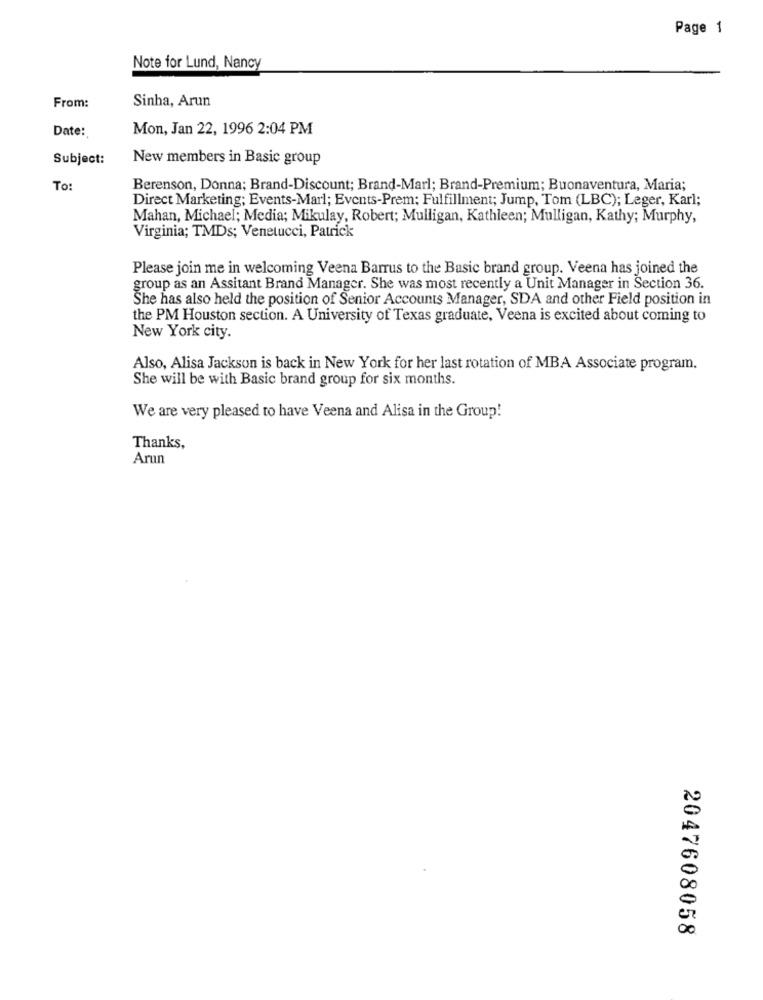
Page 1
Note for Lund, Nancy
Sinha, Arun
From:
Date:
Mon, Jan 22, 1996 2:04 PM
Subject:
New members in Basic group
To:
Berenson, Donna; Brand-Discount; Brand-Marl; Brand-Premium; Buonaventura, Maria;
Direct Marketing; Events-Marl; Events-Prem: Fulfillment; Jump, Tom (LBC); Leger, Karl;
Mahan, Michael; Media; Mikulay, Robert; Mulligan, Kathleen; Mulligan, Kathy; Murphy,
Virginia; TMDs; Venetucci, Patrick
Please join me in welcoming Veena Barrus to the Basic brand group. Veena has joined the
group as an Assitant Brand Manager. She was most recently a Unit Manager in Section 36.
She has also held the position of Senior Accounts Manager, SDA and other Field position in
the PM Houston section. A University of Texas graduate, Veena is excited about coming to
New York city.
Also, Alisa Jackson is back in New York for her last rotation of MBA Associate program.
She will be with Basic brand group for six months.
We are very pleased to have Veena and Alisa in the Group!
Thanks,
Arun
2047608058